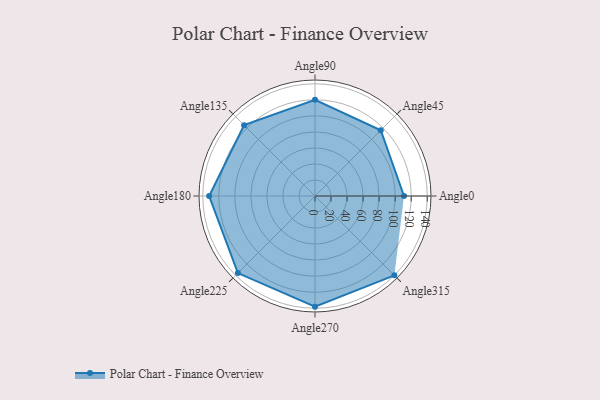
{"axis": {"x": "Angle", "y": "Radius"}, "legend": [""], "data": [{"x": "Angle0", "y": 111.0, "type": ""}, {"x": "Angle45", "y": 116.0, "type": ""}, {"x": "Angle90", "y": 120.0, "type": ""}, {"x": "Angle135", "y": 125.0, "type": ""}, {"x": "Angle180", "y": 132.0, "type": ""}, {"x": "Angle225", "y": 136.0, "type": ""}, {"x": "Angle270", "y": 138.0, "type": ""}, {"x": "Angle315", "y": 140.0, "type": ""}]}